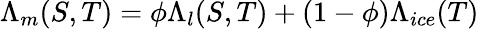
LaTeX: \Lambda_{m}(S,T)=\phi\Lambda_{l}(S,T)+(1-\phi)\Lambda_{ice}(T)